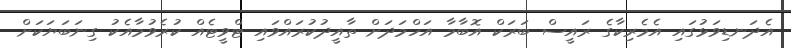
އެދަނޑިވަޅުގައި އެމެރިކާގެ ރައީސް ބަރަކް އޮބާމާ އަހްމަދަށް ތާއީދުކުރައްވައި ޓްވީޓެއް ކުރެވުމާއެކު ގިނަބަޔަކަށް